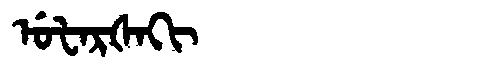
Manchu: ᡠᡶᠠᡵᡧᠠᡴᡳ
Romanization: UFARŠAKI